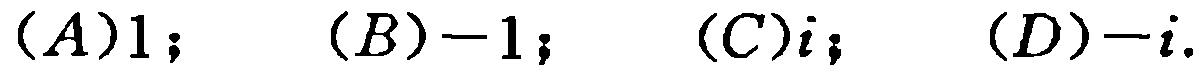
$(A)1;\quad (B)-1;\quad (C)i;\quad (D)-i.$